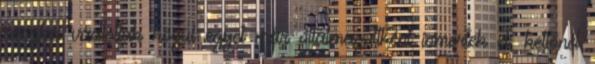
röszkei vádlottak közül egyet már oltalmazottként ismertek el, kettőnél